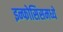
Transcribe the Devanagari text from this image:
इन्फोसिसमध्ये